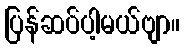
ပြန်ဆပ်ပါ့မယ်ဗျာ။